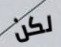
لكن